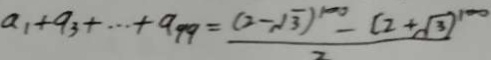
a _ { 1 } + a _ { 3 } + \cdots + a _ { 9 9 } = \frac { ( 2 - \sqrt { 3 } ) ^ { 1 0 0 } - ( 2 + \sqrt { 3 } ) ^ { 1 0 0 } } { 2 }